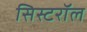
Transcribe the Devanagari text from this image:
सिस्टरॉल